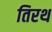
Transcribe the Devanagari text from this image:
तिरथ